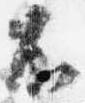
不